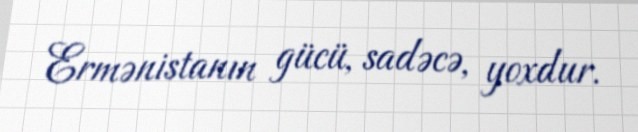
Ermənistanın gücü, sadəcə, yoxdur.